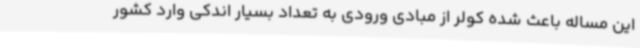
این مساله باعث شده کولر از مبادی ورودی به تعداد بسیار اندکی وارد کشور